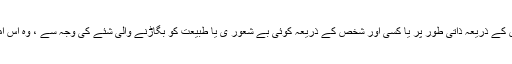
v)اس کی رضا مندی سے جبکہ ایسی رضا مندی دیتے وقت وہ فتور عقل یا نشہ یا اس شخص کے ذریعہ ذاتی طور پر یا کسی اور شخص کے ذریعہ کوئی بے شعور ی یا طبیعت کو بگاڑنے والی شئے کی وجہ سے ، وہ اس امر کی نوعیت اور نتائج سمجھنے سے قاصر ہے جس کے لیے وہ رضا مندی دیتی ہے۔